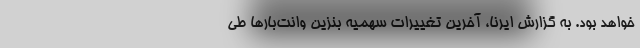
خواهد بود. به گزارش ایرنا، آخرین تغییرات سهمیه بنزین وانت‌بارها طی